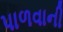
પાળવાની